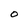
Character: 0